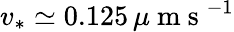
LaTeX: v_{*}\simeq 0.125\, \mu\mathrm{~m~s~}^{-1}